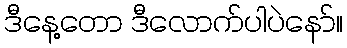
ဒီနေ့တော ဒီလောက်ပါပဲနော်။